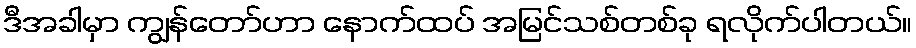
ဒီအခါမှာ ကျွန်တော်ဟာ နောက်ထပ် အမြင်သစ်တစ်ခု ရလိုက်ပါတယ်။